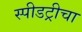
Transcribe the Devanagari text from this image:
स्पीडट्रीचा